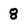
Character: 8